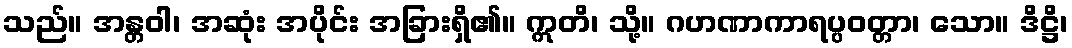
သည်။ အန္တဝါ၊ အဆုံး အပိုင်း အခြားရှိ၏။ ဣတိ၊ သို့။ ဂဟဏာကာရပ္ပဝတ္တာ၊ သော။ ဒိဋ္ဌိ၊